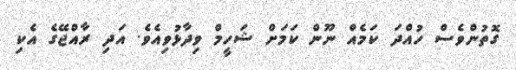
ގޮތުންވެސް ހުއްދަ ކަމެއް ނޫން ކަމަށް ޝަހީމް ވިދާޅުވިއެވެ. އަދި ރާއްޖޭގެ އެކި